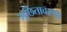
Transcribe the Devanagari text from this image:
मूर्छितावस्था